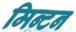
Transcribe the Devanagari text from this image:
मिन्टन